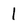
Character: 1